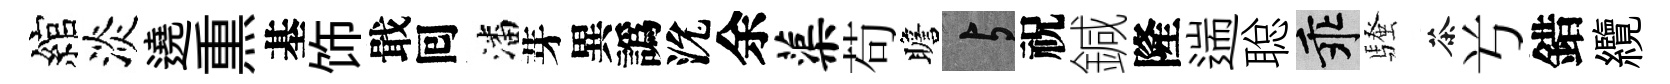
綰淡遶𤋱基饰戢囘潘芽異譌沇余蕖苟瞻与祝鍼隆遄聪乖騷茶𠔃錯纜